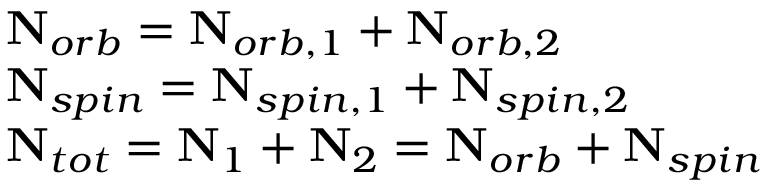
\begin{array} { r l } & { \mathbf { N } _ { o r b } = \mathbf { N } _ { o r b , 1 } + \mathbf { N } _ { o r b , 2 } } \\ & { \mathbf { N } _ { s p i n } = \mathbf { N } _ { s p i n , 1 } + \mathbf { N } _ { s p i n , 2 } } \\ & { \mathbf { N } _ { t o t } = \mathbf { N } _ { 1 } + \mathbf { N } _ { 2 } = \mathbf { N } _ { o r b } + \mathbf { N } _ { s p i n } } \end{array}